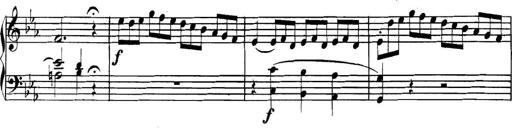
Title: Collected Piano Sonatas
Composer: Muzio Clementi